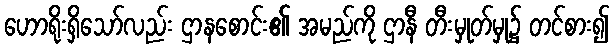
ဟောရိုးရှိသော်လည်း ဌာနစောင်း၏ အမည်ကို ဌာနီ တီးမှုတ်မှု၌ တင်စား၍